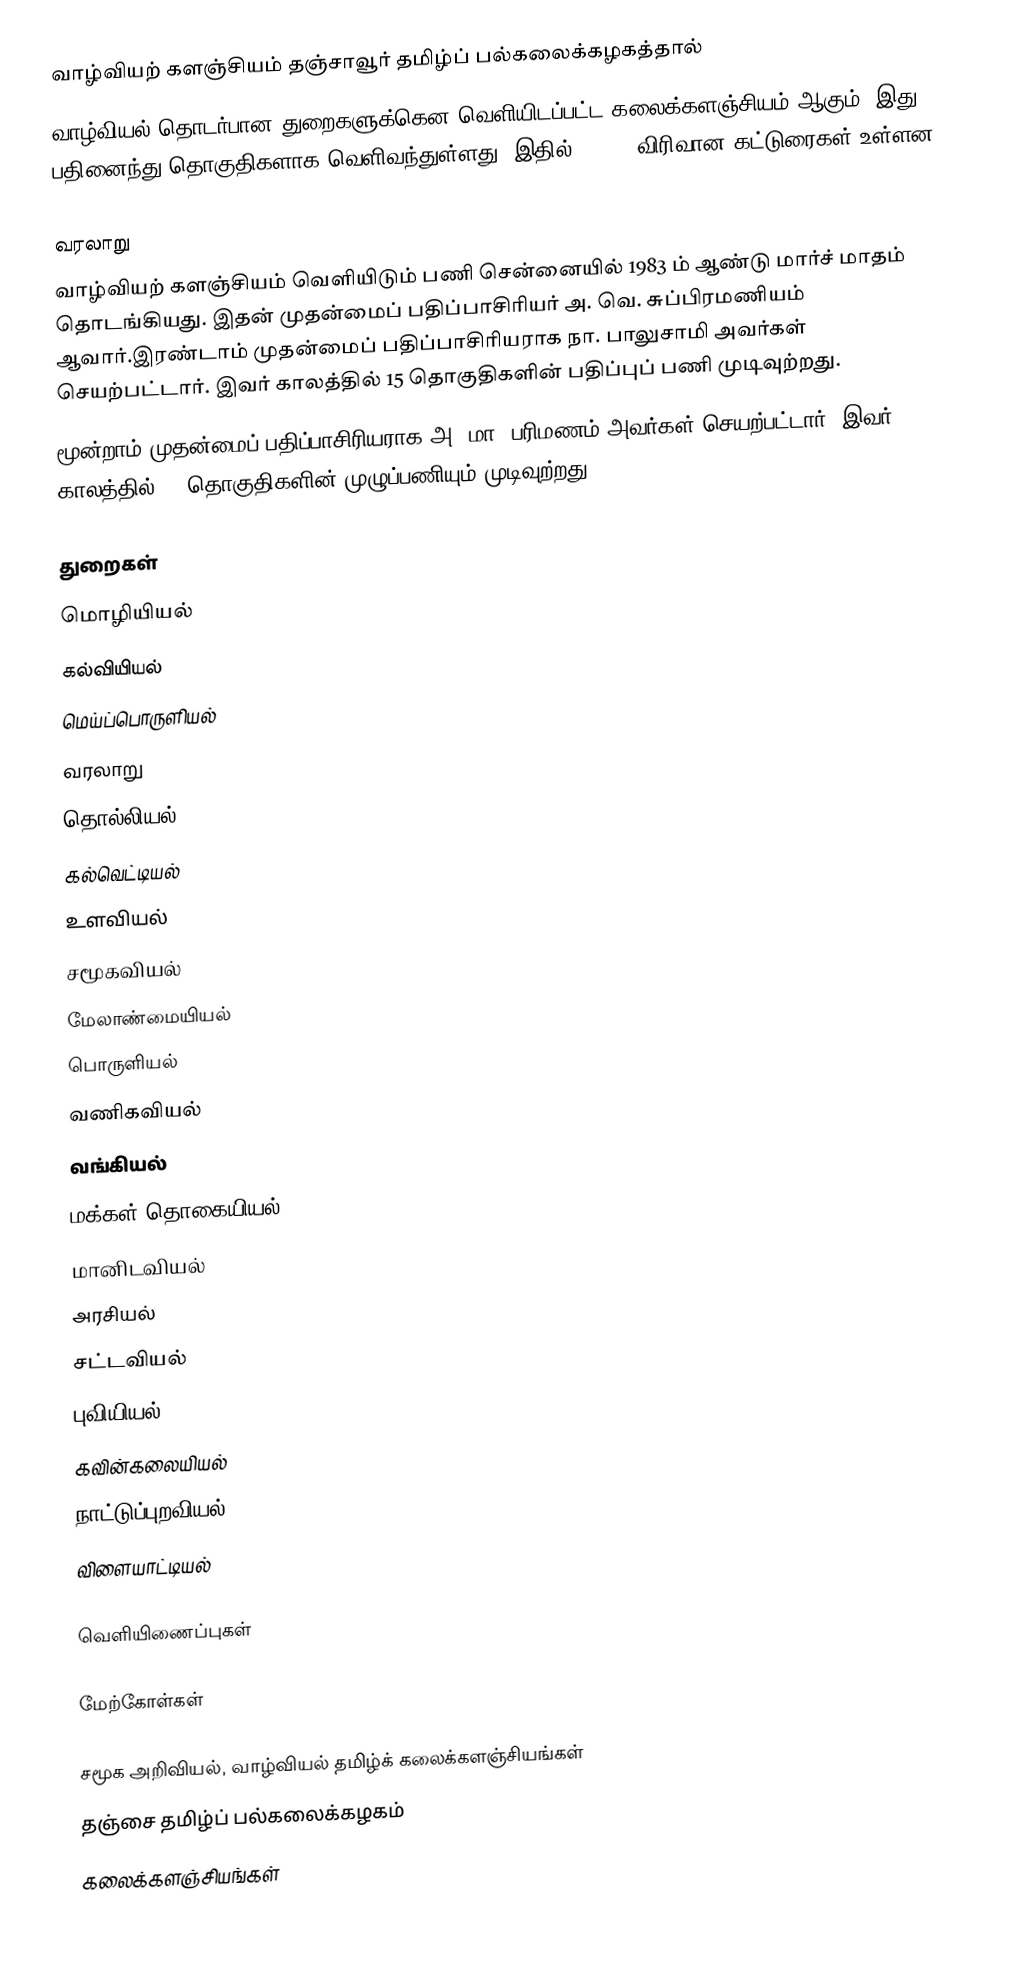
வாழ்வியற் களஞ்சியம் தஞ்சாவூர் தமிழ்ப் பல்கலைக்கழகத்தால்
வாழ்வியல் தொடர்பான துறைகளுக்கென வெளியிடப்பட்ட கலைக்களஞ்சியம் ஆகும்.  இது பதினைந்து தொகுதிகளாக வெளிவந்துள்ளது. இதில் 15 000 விரிவான கட்டுரைகள் உள்ளன.

வரலாறு
வாழ்வியற் களஞ்சியம் வெளியிடும் பணி சென்னையில் 1983 ம் ஆண்டு மார்ச் மாதம் தொடங்கியது. இதன் முதன்மைப் பதிப்பாசிரியர் அ. வெ. சுப்பிரமணியம் ஆவார்.இரண்டாம் முதன்மைப் பதிப்பாசிரியராக நா. பாலுசாமி அவர்கள் செயற்பட்டார். இவர் காலத்தில் 15 தொகுதிகளின் பதிப்புப் பணி முடிவுற்றது.
மூன்றாம் முதன்மைப் பதிப்பாசிரியராக அ. மா. பரிமணம் அவர்கள் செயற்பட்டார். இவர் காலத்தில் 15 தொகுதிகளின் முழுப்பணியும் முடிவுற்றது.

துறைகள்
 மொழியியல்
 கல்வியியல்
 மெய்ப்பொருளியல்
 வரலாறு
 தொல்லியல்
 கல்வெட்டியல்
 உளவியல்
 சமூகவியல்
 மேலாண்மையியல்
 பொருளியல்
 வணிகவியல்
 வங்கியல்
 மக்கள் தொகையியல்
 மானிடவியல்
 அரசியல்
 சட்டவியல்
 புவியியல்
 கவின்கலையியல்
 நாட்டுப்புறவியல்
 விளையாட்டியல்

வெளியிணைப்புகள்

மேற்கோள்கள்

சமூக அறிவியல், வாழ்வியல் தமிழ்க் கலைக்களஞ்சியங்கள்
தஞ்சை தமிழ்ப் பல்கலைக்கழகம்
கலைக்களஞ்சியங்கள்